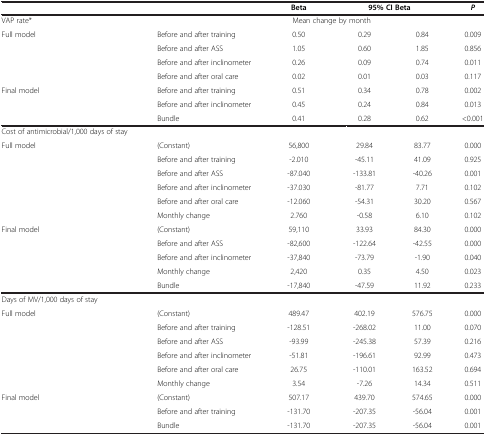
<table><thead><tr><td>[EMPTY_CELL]</td><td>[EMPTY_CELL]</td><td><b>Beta</b></td><td colspan="2"><b>95% CI Beta</b></td><td><b><i>P</i></b></td></tr></thead><tbody><tr><td>VAP rate*</td><td>[EMPTY_CELL]</td><td colspan="2">Mean change by month</td><td>[EMPTY_CELL]</td><td>[EMPTY_CELL]</td></tr><tr><td>Full model</td><td>Before and after training</td><td>0.50</td><td>0.29</td><td>0.84</td><td>0.009</td></tr><tr><td>[EMPTY_CELL]</td><td>Before and after ASS</td><td>1.05</td><td>0.60</td><td>1.85</td><td>0.856</td></tr><tr><td>[EMPTY_CELL]</td><td>Before and after inclinometer</td><td>0.26</td><td>0.09</td><td>0.74</td><td>0.011</td></tr><tr><td>[EMPTY_CELL]</td><td>Before and after oral care</td><td>0.02</td><td>0.01</td><td>0.03</td><td>0.117</td></tr><tr><td>Final model</td><td>Before and after training</td><td>0.51</td><td>0.34</td><td>0.78</td><td>0.002</td></tr><tr><td>[EMPTY_CELL]</td><td>Before and after inclinometer</td><td>0.45</td><td>0.24</td><td>0.84</td><td>0.013</td></tr><tr><td>[EMPTY_CELL]</td><td>Bundle</td><td>0.41</td><td>0.28</td><td>0.62</td><td>&lt;0.001</td></tr><tr><td>Cost of antimicrobial/1,000 days of stay</td><td>[EMPTY_CELL]</td><td>[EMPTY_CELL]</td><td>[EMPTY_CELL]</td><td>[EMPTY_CELL]</td><td>[EMPTY_CELL]</td></tr><tr><td>Full model</td><td>(Constant)</td><td>56,800</td><td>29.84</td><td>83.77</td><td>0.000</td></tr><tr><td>[EMPTY_CELL]</td><td>Before and after training</td><td>-2.010</td><td>-45.11</td><td>41.09</td><td>0.925</td></tr><tr><td>[EMPTY_CELL]</td><td>Before and after ASS</td><td>-87.040</td><td>-133.81</td><td>-40.26</td><td>0.001</td></tr><tr><td>[EMPTY_CELL]</td><td>Before and after inclinometer</td><td>-37.030</td><td>-81.77</td><td>7.71</td><td>0.102</td></tr><tr><td>[EMPTY_CELL]</td><td>Before and after oral care</td><td>-12.060</td><td>-54.31</td><td>30.20</td><td>0.567</td></tr><tr><td>[EMPTY_CELL]</td><td>Monthly change</td><td>2.760</td><td>-0.58</td><td>6.10</td><td>0.102</td></tr><tr><td>Final model</td><td>(Constant)</td><td>59,110</td><td>33.93</td><td>84.30</td><td>0.000</td></tr><tr><td>[EMPTY_CELL]</td><td>Before and after ASS</td><td>-82,600</td><td>-122.64</td><td>-42.55</td><td>0.000</td></tr><tr><td>[EMPTY_CELL]</td><td>Before and after inclinometer</td><td>-37,840</td><td>-73.79</td><td>-1.90</td><td>0.040</td></tr><tr><td>[EMPTY_CELL]</td><td>Monthly change</td><td>2,420</td><td>0.35</td><td>4.50</td><td>0.023</td></tr><tr><td>[EMPTY_CELL]</td><td>Bundle</td><td>-17,840</td><td>-47.59</td><td>11.92</td><td>0.233</td></tr><tr><td>Days of MV/1,000 days of stay</td><td>[EMPTY_CELL]</td><td>[EMPTY_CELL]</td><td>[EMPTY_CELL]</td><td>[EMPTY_CELL]</td><td>[EMPTY_CELL]</td></tr><tr><td>Full model</td><td>(Constant)</td><td>489.47</td><td>402.19</td><td>576.75</td><td>0.000</td></tr><tr><td>[EMPTY_CELL]</td><td>Before and after training</td><td>-128.51</td><td>-268.02</td><td>11.00</td><td>0.070</td></tr><tr><td>[EMPTY_CELL]</td><td>Before and after ASS</td><td>-93.99</td><td>-245.38</td><td>57.39</td><td>0.216</td></tr><tr><td>[EMPTY_CELL]</td><td>Before and after inclinometer</td><td>-51.81</td><td>-196.61</td><td>92.99</td><td>0.473</td></tr><tr><td>[EMPTY_CELL]</td><td>Before and after oral care</td><td>26.75</td><td>-110.01</td><td>163.52</td><td>0.694</td></tr><tr><td>[EMPTY_CELL]</td><td>Monthly change</td><td>3.54</td><td>-7.26</td><td>14.34</td><td>0.511</td></tr><tr><td>Final model</td><td>(Constant)</td><td>507.17</td><td>439.70</td><td>574.65</td><td>0.000</td></tr><tr><td>[EMPTY_CELL]</td><td>Before and after training</td><td>-131.70</td><td>-207.35</td><td>-56.04</td><td>0.001</td></tr><tr><td>[EMPTY_CELL]</td><td>Bundle</td><td>-131.70</td><td>-207.35</td><td>-56.04</td><td>0.001</td></tr></tbody></table>